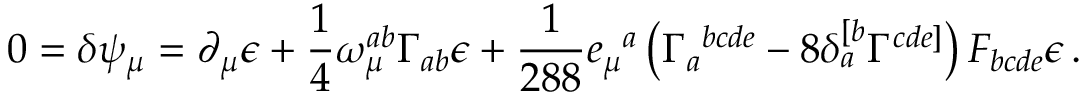
0 = \delta \psi _ { \mu } = \partial _ { \mu } \epsilon + \frac 1 4 \omega _ { \mu } ^ { a b } \Gamma _ { a b } \epsilon + \frac 1 { 2 8 8 } e _ { \mu } { } ^ { a } \left( \Gamma _ { a } { } ^ { b c d e } - 8 \delta _ { a } ^ { [ b } \Gamma ^ { c d e ] } \right) F _ { b c d e } \epsilon \, .